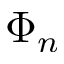
\Phi _ { n }